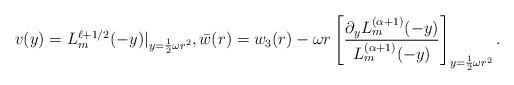
LaTeX: \begin{align*} v(y) = L_m^{\ell+1/2}(-y)|_{y=\frac{1}{2}\omega r^2}, \bar{w}(r) =w_3(r) - \omega r\left[ \frac{\partial_yL_m^{(\alpha+1)}(-y)}{L_m^{(\alpha+1)}(-y)}\right]_{y=\frac{1}{2}\omega r^2}. \end{align*}